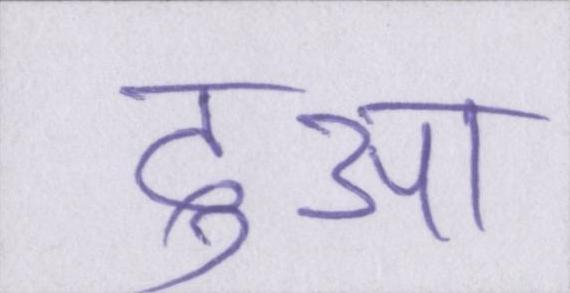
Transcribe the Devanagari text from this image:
दुआ